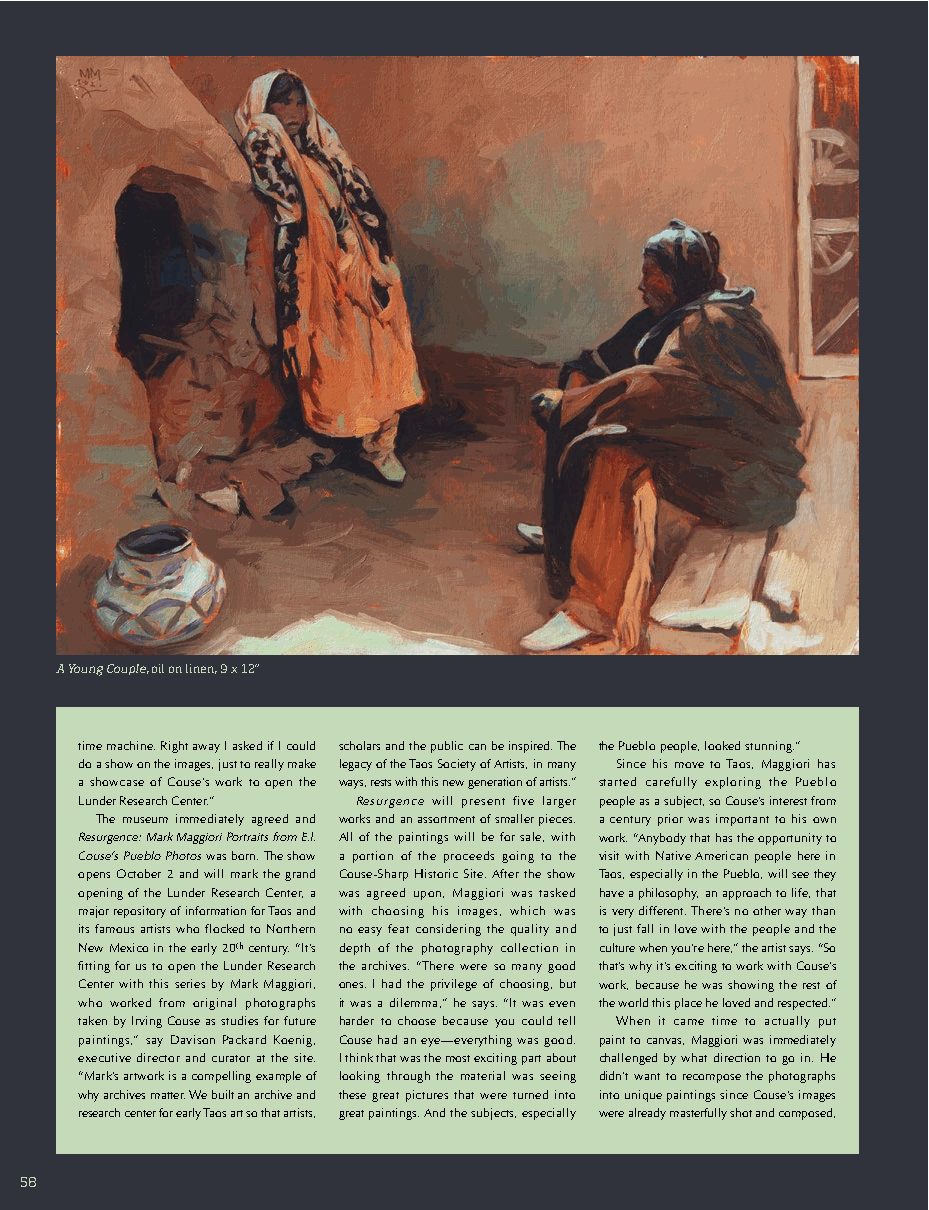
A Young Couple, oil on linen, 9 x 12”
 time machine. Right away I asked if I could scholars and the public can be inspired. The the Pueblo people, looked stunning.”
 do a show on the images, just to really make legacy of the Taos Society of Artists, in many Since his move to Taos, Maggiori has
 a showcase of Couse’s work to open the ways, rests with this new generation of artists.” started carefully exploring the Pueblo
 Lunder Research Center.” Resurgence will present five larger people as a subject, so Couse’s interest from
 The museum immediately agreed and works and an assortment of smaller pieces. a century prior was important to his own
 Resurgence: Mark Maggiori Portraits from E.I. All of the paintings will be for sale, with work. “Anybody that has the opportunity to
 Couse’s Pueblo Photos was born. The show a portion of the proceeds going to the visit with Native American people here in
 opens October 2 and will mark the grand Couse-Sharp Historic Site. After the show Taos, especially in the Pueblo, will see they
 opening of the Lunder Research Center, a was agreed upon, Maggiori was tasked have a philosophy, an approach to life, that
 major repository of information for Taos and with choosing his images, which was is very different. There’s no other way than
 its famous artists who flocked to Northern no easy feat considering the quality and to just fall in love with the people and the
 New Mexico in the early 20th century. “It’s depth of the photography collection in culture when you’re here,” the artist says. “So
 fitting for us to open the Lunder Research the archives. “There were so many good that’s why it’s exciting to work with Couse’s
 Center with this series by Mark Maggiori, ones. I had the privilege of choosing, but work, because he was showing the rest of
 who worked from original photographs it was a dilemma,” he says. “It was even the world this place he loved and respected.”
 taken by Irving Couse as studies for future harder to choose because you could tell When it came time to actually put
 paintings,” say Davison Packard Koenig, Couse had an eye—everything was good. paint to canvas, Maggiori was immediately
 executive director and curator at the site. I think that was the most exciting part about challenged by what direction to go in. He
 “Mark’s artwork is a compelling example of looking through the material was seeing didn’t want to recompose the photographs
 why archives matter. We built an archive and these great pictures that were turned into into unique paintings since Couse’s images
 research center for early Taos art so that artists, great paintings. And the subjects, especially were already masterfully shot and composed,
 5588